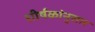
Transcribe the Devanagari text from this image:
शीर्षकांनुसार